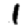
Digit: 1